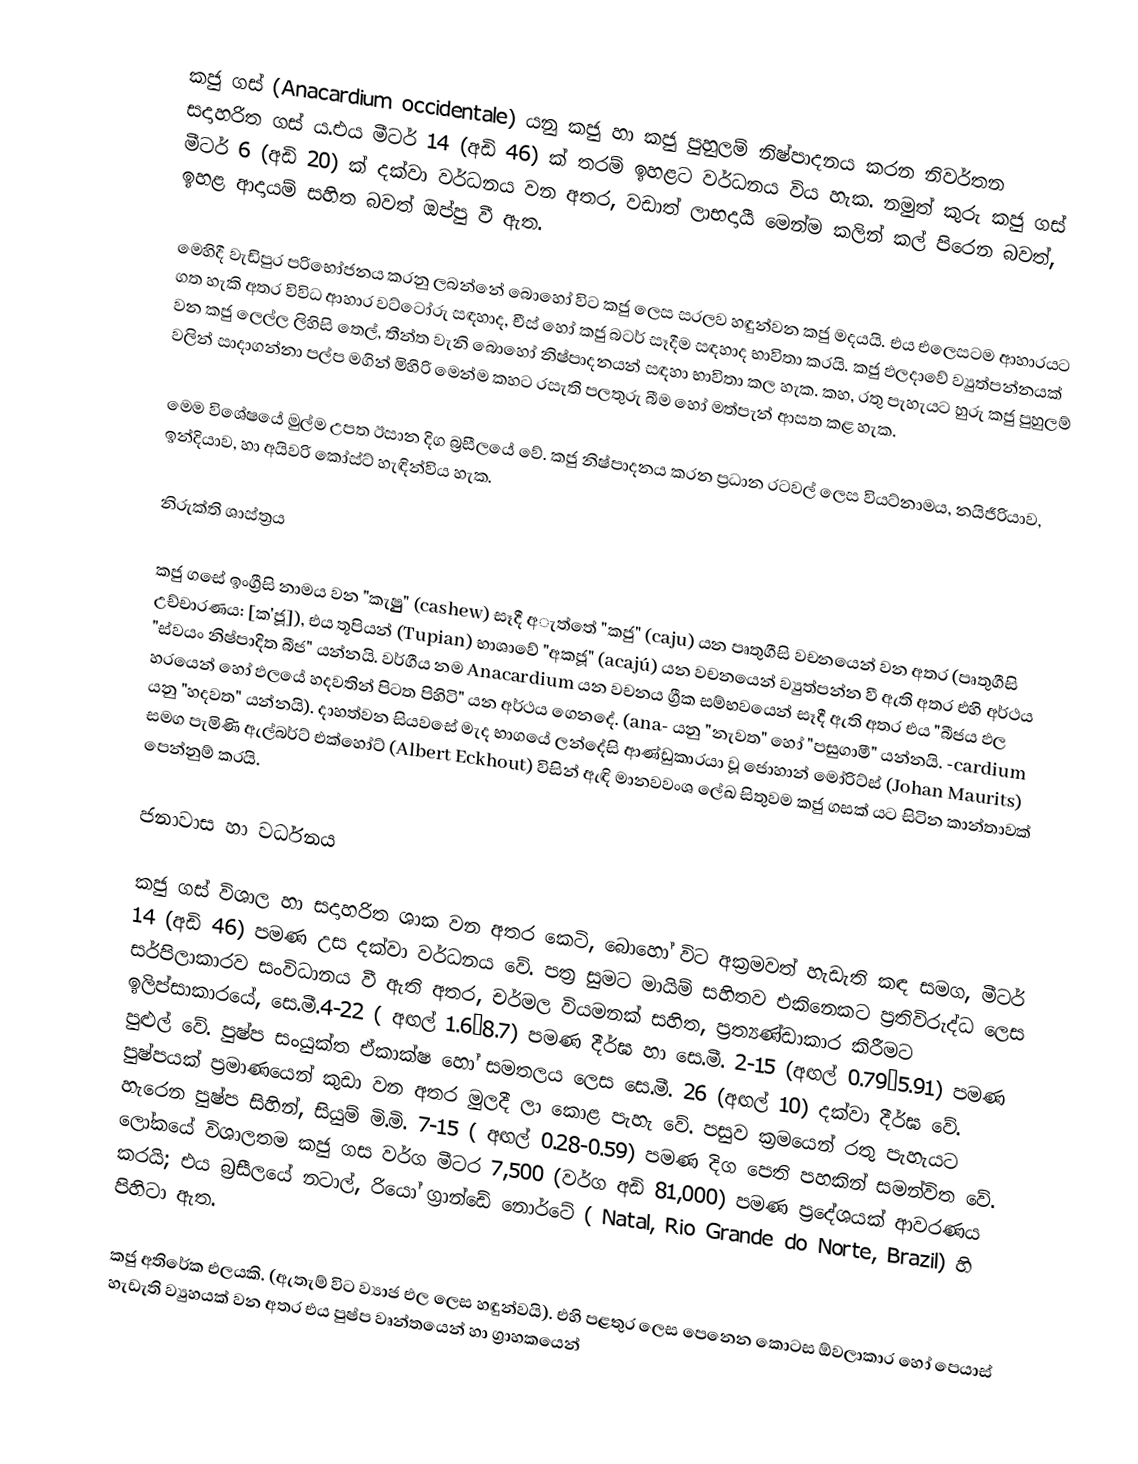
කජු ගස් (Anacardium occidentale) යනු කජු හා කජු පුහුලම් නිෂ්පාදනය කරන නිවර්තන සදාහරිත ගස් ය.එය මීටර් 14 (අඩි 46) ක් තරම් ඉහළට වර්ධනය විය හැක. නමුත් කුරු කජු ගස් මීටර් 6 (අඩි 20) ක් දක්වා වර්ධනය වන අතර, වඩාත් ලාභදායී මෙන්ම කලින් කල් පිරෙන බවත්, ඉහළ ආදායම් සහිත බවත් ඔප්පු වී ඇත.

මෙහිදී වැඩිපුර පරිභෝජනය කරනු ලබන්නේ බොහෝ විට කජු ලෙස සරලව හඳුන්වන කජු මදයයි. එය එලෙසටම ආහාරයට ගත හැකි අතර විවිධ ආහාර වට්ටෝරු සඳහාද, චීස් හෝ කජු බටර් සෑදීම සඳහාද භාවිතා කරයි. කජු ඵලදාවේ ව්‍යුත්පන්නයක් වන කජු ලෙල්ල ලිහිසි තෙල්, තීන්ත වැනි බොහෝ නිෂ්පාදනයන් සඳහා භාවිතා කල හැක. කහ, රතු පැහැයට හුරු කජු පුහුලම් වලින් සාදාගන්නා පල්ප මගින් මිහිරි මෙන්ම කහට රසැති පලතුරු බීම හෝ මත්පැන් ආසත කළ හැක.

මෙම විශේෂයේ මුල්ම උපත ඊසාන දිග බ්‍රසීලයේ වේ. කජු නිෂ්පාදනය කරන ප්‍රධාන රටවල් ලෙස වියට්නාමය, නයිජීරියාව, ඉන්දියාව, හා අයිවරි කෝස්ට් හැඳින්විය හැක.

නිරුක්ති ශාස්ත්‍රය

කජු ගසේ ඉංග්‍රීසි නාමය වන "කැෂුුු" (cashew) සෑදී අැත්තේ "කජු" (caju) යන පෘතුගීසි වචනයෙන් වන අතර (පෘතුගීසි උච්චාරණය: [ක'ජූ]), එය තූපියන් (Tupian) භාශාවේ "අකජූ" (acajú) යන වචනයෙන් ව්‍යුත්පන්න වී ඇති අතර එහි අර්ථය "ස්වයං නිෂ්පාදිත බීජ" යන්නයි. වර්ගීය නම Anacardium යන වචනය ග්‍රීක සම්භවයෙන් සෑදී ඇති අතර එය "බීජය ඵල හරයෙන් හෝ ඵලයේ හදවතින් පිටත පිහිටි" යන අර්ථය ගෙනදේ. (ana- යනු "නැවත" හෝ "පසුගාමී" යන්නයි. -cardium යනු "හදවත" යන්නයි). දාහත්වන සියවසේ මැද භාගයේ ලන්දේසි ආණ්ඩුකාරයා වූ ජොහාන් මෝරිට්ස් (Johan Maurits) සමග පැමිණි ඇල්බර්ට් එක්හෝට් (Albert Eckhout) විසින් ඇඳි මානවවංශ ලේඛ සිතුවම කජු ගසක් යට සිටින කාන්තාවක් පෙන්නුම් කරයි.

ජනාවාස හා වර්ධනය

කජු ගස් විශාල හා සදාහරිත ශාක වන අතර කෙටි, බොහෝ විට අක්‍රමවත් හැඩැති කඳ සමග, මීටර් 14 (අඩි 46) පමණ උස දක්වා වර්ධනය වේ. පත්‍ර සුමට මායිම් සහිතව එකිනෙකට ප්‍රතිවිරුද්ධ ලෙස සර්පිලාකාරව සංවිධානය වී ඇති අතර, චර්මල වියමනක් සහිත, ප්‍රත්‍යණ්ඩාකාර කිරීමට ඉලිප්සාකාරයේ, සෙ.මී.4-22 ( අඟල් 1.6–8.7) පමණ දීර්ඝ හා සෙ.මී. 2-15 (අඟල් 0.79–5.91) පමණ පුළුල් වේ. පුෂ්ප සංයුක්ත ඒකාක්ෂ හෝ සමතලය ලෙස සෙ.මී. 26 (අඟල් 10) දක්වා දීර්ඝ වේ. පුෂ්පයක් ප්‍රමාණයෙන් කුඩා වන අතර මුලදී ලා කොළ පැහැ වේ. පසුව ක්‍රමයෙන් රතු පැහැයට හැරෙන පුෂ්ප සිහින්, සියුම් මි.මි. 7-15 ( අඟල් 0.28-0.59) පමණ දිග පෙති පහකින් සමන්විත වේ.  ලෝකයේ විශාලතම කජු ගස වර්ග මීටර 7,500 (වර්ග අඩි 81,000) පමණ ප්‍රදේශයක් ආවරණය කරයි; එය බ්‍රසීලයේ නටාල්, රියෝ ග්‍රාන්ඩේ නොර්ටේ ( Natal, Rio Grande do Norte, Brazil) හි පිහිටා ඇත.

කජු අතිරේක එලයකි. (ඇතැම් විට ව්‍යාජ එල ලෙස හඳුන්වයි). එහි පළතුර ලෙස පෙනෙන කොටස ඕවලාකාර හෝ පෙයාස් හැඩැති ව්‍යුහයක් වන අතර එය පුෂ්ප වෘන්තයෙන් හා ග්‍රාහකයෙන්